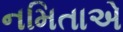
નમિતાએ